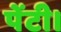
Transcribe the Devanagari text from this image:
पेंटी।